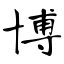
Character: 博